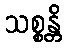
သစ္စန္တိ